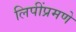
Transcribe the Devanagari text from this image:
लिपींप्रमणे